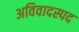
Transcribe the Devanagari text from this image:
अविवादस्पद